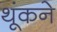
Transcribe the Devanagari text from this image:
थूंकने